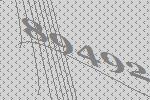
89492